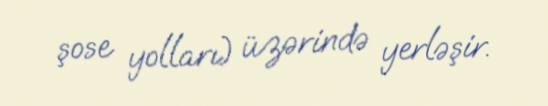
şose yolları) üzərində yerləşir.